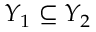
Y _ { 1 } \subseteq Y _ { 2 }